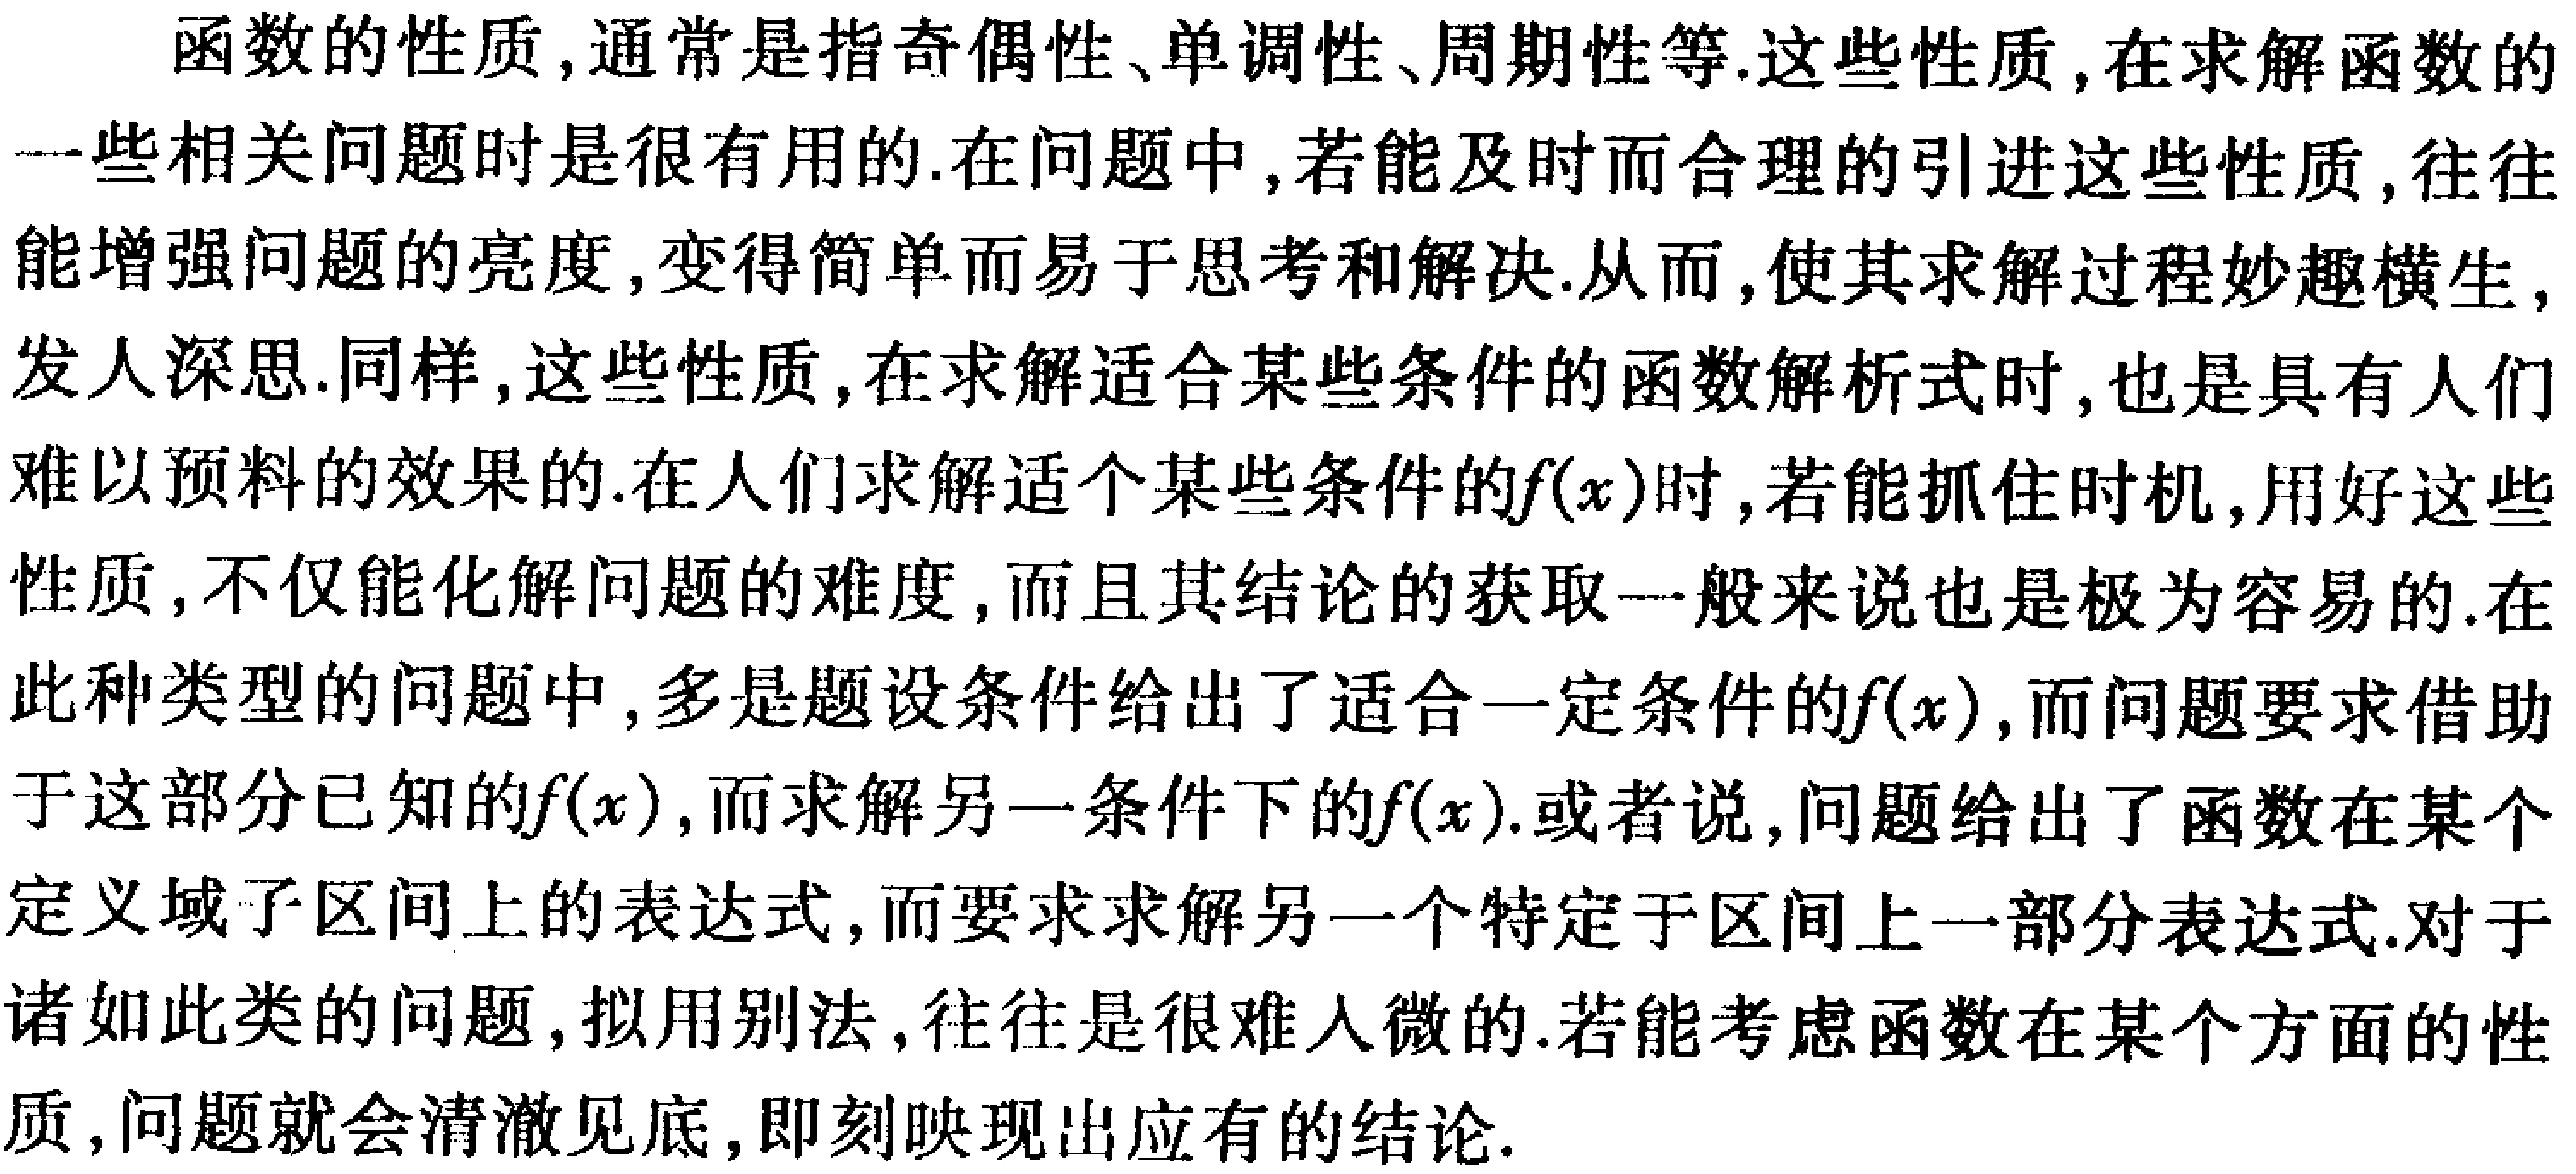
函数的性质,通常是指奇偶性、单调性、周期性等.这些性质,在求解函数的一些相关问题时是很有用的.在问题中,若能及时而合理的引进这些性质,往往能增强问题的亮度,变得简单而易于思考和解决.从而,使其求解过程妙趣横生,发人深思.同样,这些性质,在求解适合某些条件的函数解析式时,也是具有人们难以预料的效果的.在人们求解适个某些条件的\(f(x)\)时,若能抓住时机,用好这些性质,不仅能化解问题的难度,而且其结论的获取一般来说也是极为容易的.在此种类型的问题中,多是题设条件给出了适合一定条件的\(f(x)\),而问题要求借助于这部分已知的\(f(x)\),而求解另一条件下的\(f(x)\).或者说,问题给出了函数在某个定义域子区间上的表达式,而要求求解另一个特定子区间上一部分表达式.对于诸如此类的问题,拟用别法,往往是很难入微的.若能考虑函数在某个方面的性质,问题就会清澈见底,即刻映现出应有的结论.